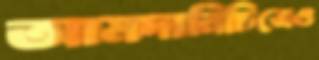
আমদানিচিত্রেও